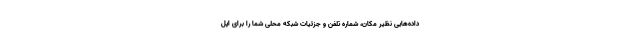
داده‌هایی نظیر مکان، شماره تلفن و جزئیات شبکه‌ محلی شما را برای اپل